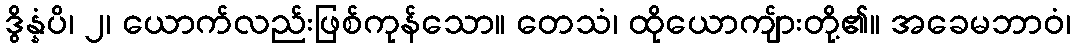
ဒွိန္နံပိ၊ ၂၊ ယောက်လည်းဖြစ်ကုန်သော။ တေသံ၊ ထိုယောကျ်ားတို့၏။ အခေမဘာဝံ၊